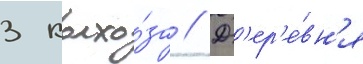
3 колхо́за // Д'ер'е́вн'я